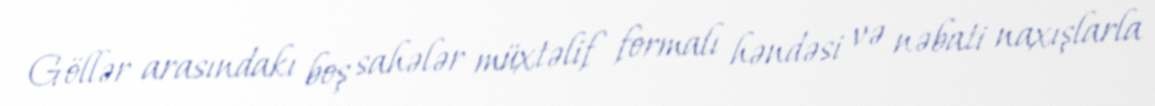
Göllər arasındakı boş sahələr müxtəlif formalı həndəsi və nəbati naxışlarla